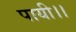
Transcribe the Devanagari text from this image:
पायी।।